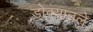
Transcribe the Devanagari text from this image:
डोक्यातले